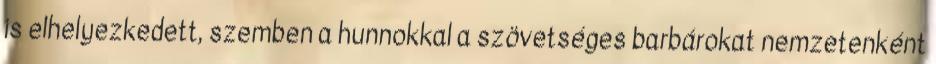
is elhelyezkedett, szemben a hunnokkal a szövetséges barbárokat nemzetenként